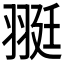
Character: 𦐿